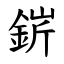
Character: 䤱